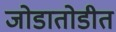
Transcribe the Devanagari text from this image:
जोडातोडीत